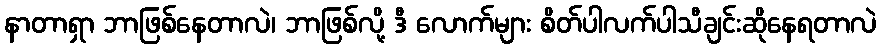
နာတာရှာ ဘာဖြစ်နေတာလဲ၊ ဘာဖြစ်လို့ ဒီ လောက်များ စိတ်ပါလက်ပါသီချင်းဆိုနေရတာလဲ